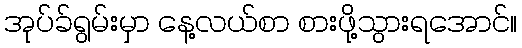
အုပ်ခ်ရွမ်းမှာ နေ့လယ်စာ စားဖို့သွားရအောင်။